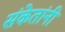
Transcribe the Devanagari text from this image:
संकेतांनी